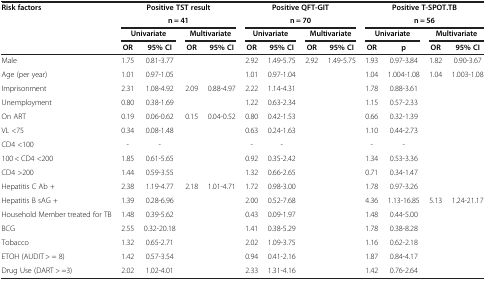
<table><thead><tr><td rowspan="3"><b>Risk factors</b></td><td colspan="4"><b>Positive TST result</b></td><td colspan="4"><b>Positive QFT-GIT</b></td><td colspan="4"><b>Positive T-SPOT.TB</b></td></tr><tr><td colspan="4"><b>n = 41</b></td><td colspan="4"><b>n = 70</b></td><td colspan="4"><b>n = 56</b></td></tr><tr><td colspan="2"><b>Univariate</b></td><td colspan="2"><b>Multivariate</b></td><td colspan="2"><b>Univariate</b></td><td colspan="2"><b>Multivariate</b></td><td colspan="2"><b>Univariate</b></td><td colspan="2"><b>Multivariate</b></td></tr><tr><td><b> </b></td><td><b>OR</b></td><td><b>95% CI</b></td><td><b>OR</b></td><td><b>95% CI</b></td><td><b>OR</b></td><td><b>95% CI</b></td><td><b>OR</b></td><td><b>95% CI</b></td><td><b>OR</b></td><td><b>p</b></td><td><b>OR</b></td><td><b>95% CI</b></td></tr></thead><tbody><tr><td>Male</td><td>1.75</td><td>0.81-3.77</td><td> </td><td> </td><td>2.92</td><td>1.49-5.75</td><td>2.92</td><td>1.49-5.75</td><td>1.93</td><td>0.97-3.84</td><td>1.82</td><td>0.90-3.67</td></tr><tr><td>Age (per year)</td><td>1.01</td><td>0.97-1.05</td><td> </td><td> </td><td>1.01</td><td>0.97-1.04</td><td> </td><td> </td><td>1.04</td><td>1.004-1.08</td><td>1.04</td><td>1.003-1.08</td></tr><tr><td>Imprisonment</td><td>2.31</td><td>1.08-4.92</td><td>2.09</td><td>0.88-4.97</td><td>2.22</td><td>1.14-4.31</td><td> </td><td> </td><td>1.78</td><td>0.88-3.61</td><td> </td><td> </td></tr><tr><td>Unemployment</td><td>0.80</td><td>0.38-1.69</td><td> </td><td> </td><td>1.22</td><td>0.63-2.34</td><td> </td><td> </td><td>1.15</td><td>0.57-2.33</td><td> </td><td> </td></tr><tr><td>On ART</td><td>0.19</td><td>0.06-0.62</td><td>0.15</td><td>0.04-0.52</td><td>0.80</td><td>0.42-1.53</td><td> </td><td> </td><td>0.66</td><td>0.32-1.39</td><td> </td><td> </td></tr><tr><td>VL &lt;75</td><td>0.34</td><td>0.08-1.48</td><td> </td><td> </td><td>0.63</td><td>0.24-1.63</td><td> </td><td> </td><td>1.10</td><td>0.44-2.73</td><td> </td><td> </td></tr><tr><td>CD4 &lt;100</td><td>-</td><td>-</td><td rowspan="3"> </td><td rowspan="3"> </td><td>-</td><td>-</td><td rowspan="3"> </td><td rowspan="3"> </td><td>-</td><td>-</td><td rowspan="3"> </td><td rowspan="3"> </td></tr><tr><td>100 &lt; CD4 &lt;200</td><td>1.85</td><td>0.61-5.65</td><td>0.92</td><td>0.35-2.42</td><td>1.34</td><td>0.53-3.36</td></tr><tr><td>CD4 &gt;200</td><td>1.44</td><td>0.59-3.55</td><td>1.32</td><td>0.66-2.65</td><td>0.71</td><td>0.34-1.47</td></tr><tr><td>Hepatitis C Ab +</td><td>2.38</td><td>1.19-4.77</td><td>2.18</td><td>1.01-4.71</td><td>1.72</td><td>0.98-3.00</td><td> </td><td> </td><td>1.78</td><td>0.97-3.26</td><td> </td><td> </td></tr><tr><td>Hepatitis B sAG +</td><td>1.39</td><td>0.28-6.96</td><td> </td><td> </td><td>2.00</td><td>0.52-7.68</td><td> </td><td> </td><td>4.36</td><td>1.13-16.85</td><td>5.13</td><td>1.24-21.17</td></tr><tr><td>Household Member treated for TB</td><td>1.48</td><td>0.39-5.62</td><td> </td><td> </td><td>0.43</td><td>0.09-1.97</td><td> </td><td> </td><td>1.48</td><td>0.44-5.00</td><td> </td><td> </td></tr><tr><td>BCG</td><td>2.55</td><td>0.32-20.18</td><td> </td><td> </td><td>1.41</td><td>0.38-5.29</td><td> </td><td> </td><td>1.78</td><td>0.38-8.28</td><td> </td><td> </td></tr><tr><td>Tobacco</td><td>1.32</td><td>0.65-2.71</td><td> </td><td> </td><td>2.02</td><td>1.09-3.75</td><td> </td><td> </td><td>1.16</td><td>0.62-2.18</td><td> </td><td> </td></tr><tr><td>ETOH (AUDIT &gt; = 8)</td><td>1.42</td><td>0.57-3.54</td><td> </td><td> </td><td>0.94</td><td>0.41-2.16</td><td> </td><td> </td><td>1.87</td><td>0.84-4.17</td><td> </td><td> </td></tr><tr><td>Drug Use (DART &gt; =3)</td><td>2.02</td><td>1.02-4.01</td><td> </td><td> </td><td>2.33</td><td>1.31-4.16</td><td> </td><td> </td><td>1.42</td><td>0.76-2.64</td><td> </td><td> </td></tr></tbody></table>